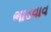
ભાડવાવ